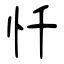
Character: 忏